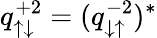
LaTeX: q_{\uparrow\downarrow}^{+2}=(q_{\downarrow\uparrow}^{-2})^{*}